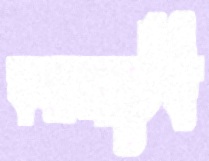
কনসার্টেই